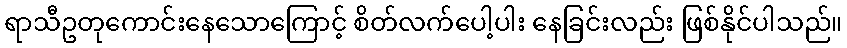
ရာသီဥတုကောင်းနေသောကြောင့် စိတ်လက်ပေါ့ပါး နေခြင်းလည်း ဖြစ်နိုင်ပါသည်။